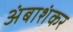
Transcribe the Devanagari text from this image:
अंबाशंकर